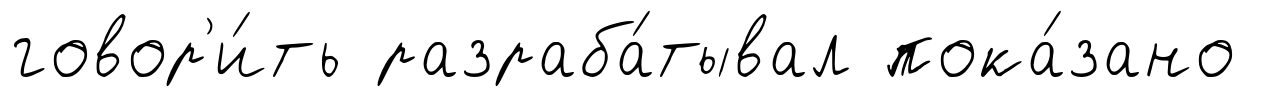
говор'и́ть разраба́тывал пока́зано